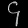
Digit: ၄